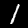
Digit: 1